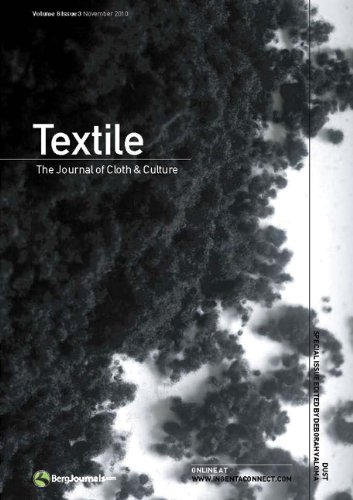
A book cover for Textile Volume 8 Issue 3: The Journal of Cloth & Culture; Crafts, Hobbies & Home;